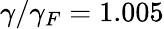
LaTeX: \gamma/\gamma_{F}=1.005